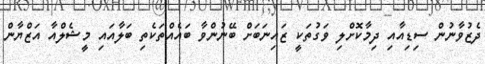
ދެޒުވާނުން ސިޑިއާއި ދިމާކޮށްލި ވަގުތަކީ ޒައިނަބަށް ބޭނުންވާ ބައެއްތަކެތި ބަލާއައި މީޝެލްއާ އަޒްޔާން